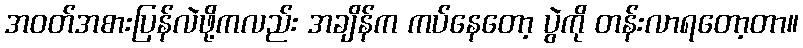
အဝတ်အစားပြန်လဲဖို့ကလည်း အချိန်က ကပ်နေတော့ ပွဲကို တန်းလာရတော့တာ။